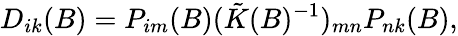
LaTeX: D_{ik}(B)=P_{im}(B)(\tilde{K}(B)^{-1})_{mn}P_{nk}(B),